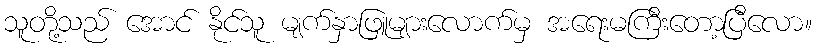
သူတို့သည် အောင် နိုင်သူ မျက်နှာဖြူများလောက်မှ အရေးမကြီးတော့ပြီလော။